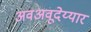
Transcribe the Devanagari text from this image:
अवअवूदेय्यार